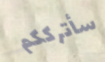
سأترككم